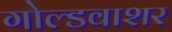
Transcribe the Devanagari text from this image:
गोल्डवाशर